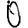
Digit: 0